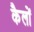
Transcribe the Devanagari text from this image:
कैलों